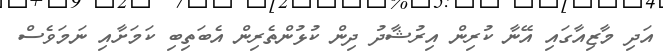
އަދި މާޒިއާގައި އޭނާ ކުރިން އިރުޝާދު ދިން ކުޅުންތެރިން އެބަތިބި ކަމަށާއި ނަމަވެސް